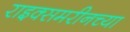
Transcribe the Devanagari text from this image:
राइक्समरीनच्या